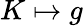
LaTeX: K\mapsto g